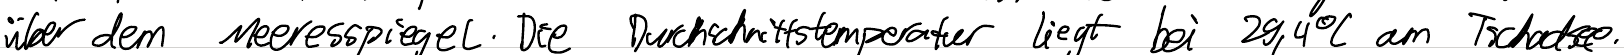
über dem Meeresspiegel. Die Durchschnittstemperatur liegt bei 29,4°C am Tschadsee.